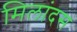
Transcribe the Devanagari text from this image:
मिलांदस